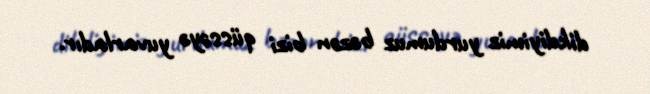
dikdiyimiz yurdumuz bəzən bizi qüssəyə yuvarladır.